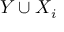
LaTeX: Y \cup X _ { i }